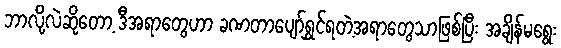
ဘာလို့လဲဆိုတော့ ဒီအရာတွေဟာ ခဏတာပျော်ရွှင်ရတဲ့အရာတွေသာဖြစ်ပြီး အချိန်မရွေး